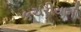
કચરીયાની